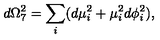
d \Omega _ { 7 } ^ { 2 } = \sum _ { i } ( d \mu _ { i } ^ { 2 } + \mu _ { i } ^ { 2 } d \phi _ { i } ^ { 2 } ) ,